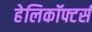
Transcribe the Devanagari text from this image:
हेलिकॉफ्टर्स